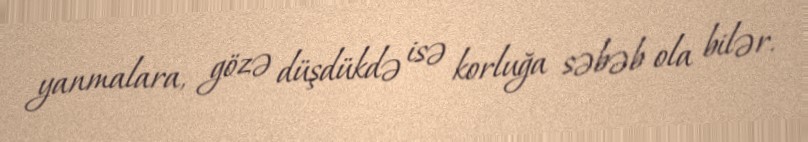
yanmalara, gözə düşdükdə isə korluğa səbəb ola bilər.